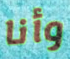
وأنا